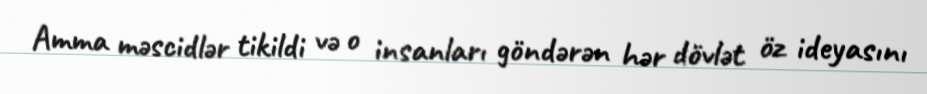
Amma məscidlər tikildi və o insanları göndərən hər dövlət öz ideyasını